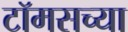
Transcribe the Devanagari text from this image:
टॉमसच्या